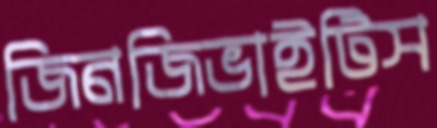
জিনজিভাইটিস